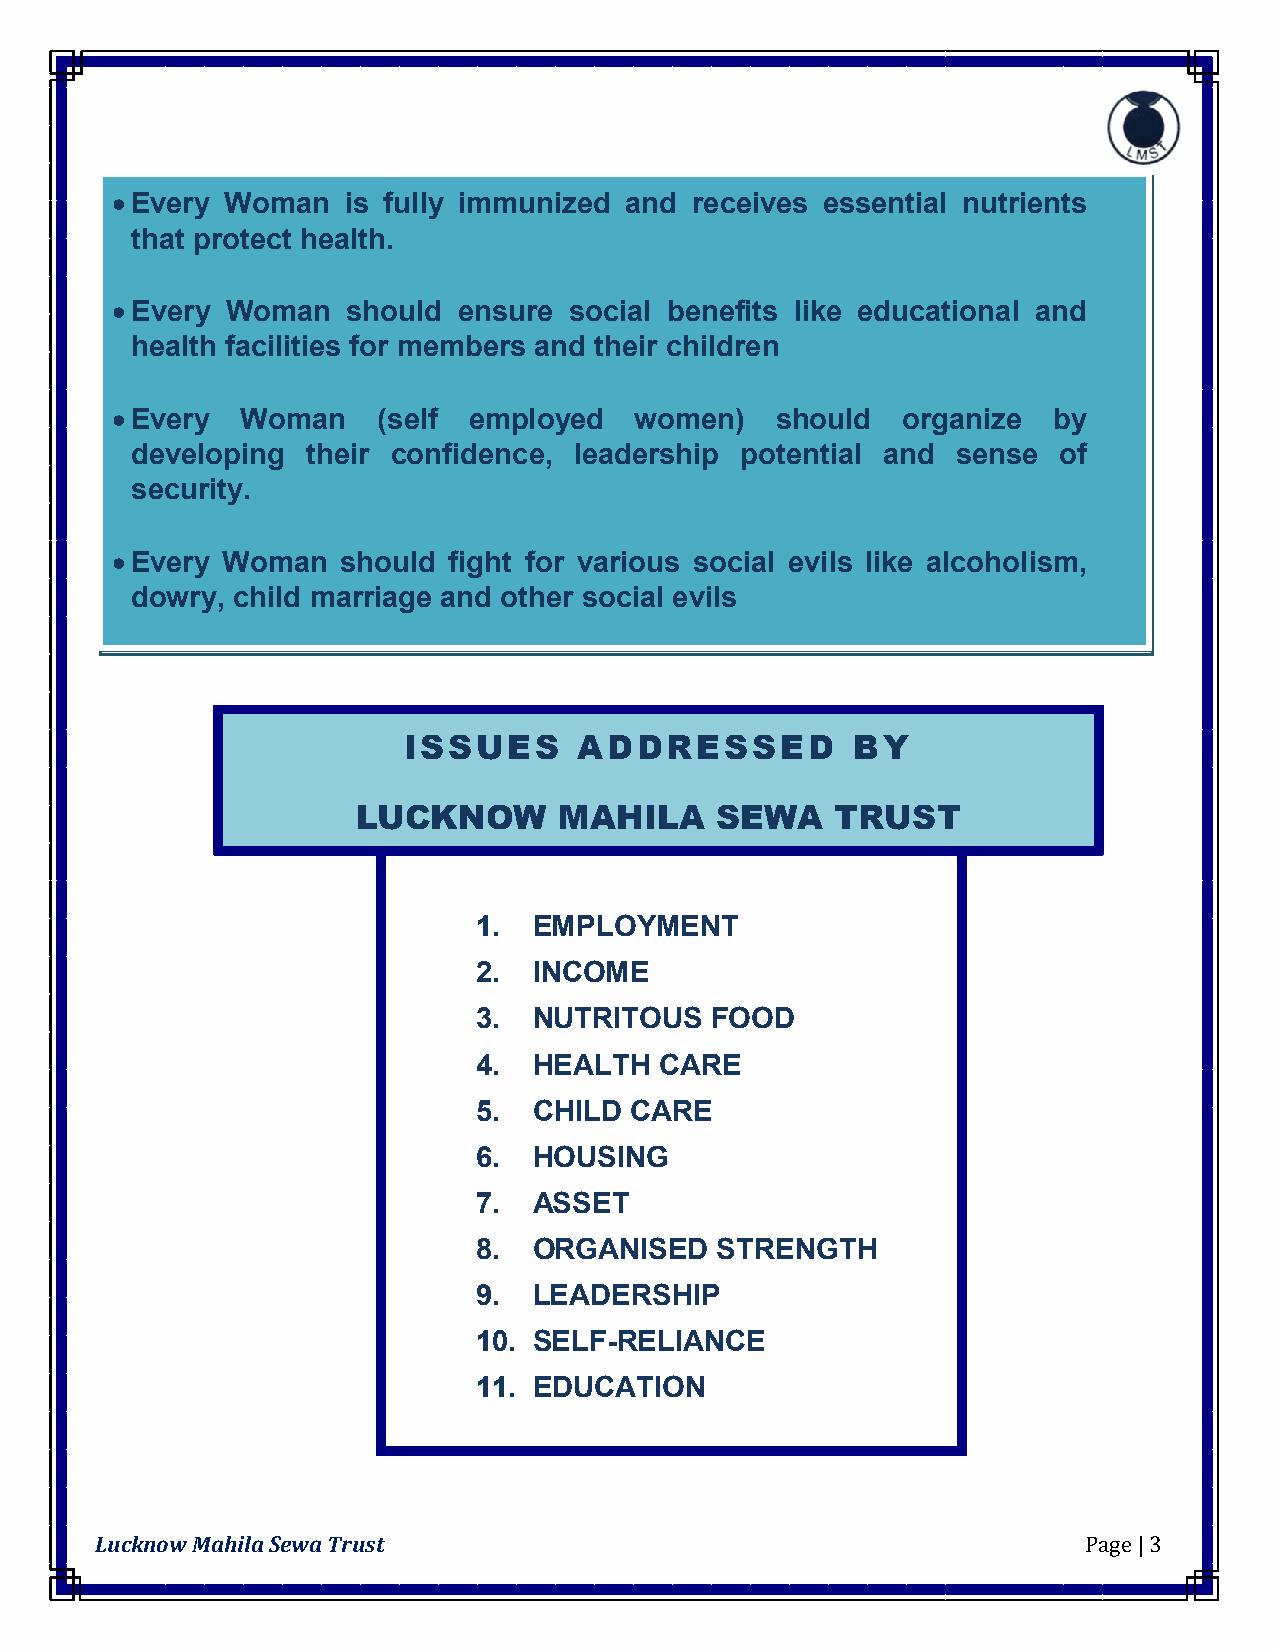
 Every Woman   is fully immunized and receives essential nutrients
 that protect health.
  Every Woman   should ensure  social benefits like educational and
 health facilities for members and their children
  Every  Woman    (self employed   women)   should   organize  by
 developing their confidence, leadership potential and sense  of
 security.
  Every Woman   should fight for various social evils like alcoholism,
 dowry, child marriage and other social evils
 ISSUES     ADDRESSED         BY
 LUCKN   OW   MAHILA    SEWA    TRUST
 1.  EMPLOYMENT
 2.  INCOME
 3.  NUTRITOUS   FOOD
 4.  HEALTH   CARE
 5.  CHILD  CARE
 6.  HOUSING
 7.  ASSET
 8.  ORGANISED   STRENGTH
 9.  LEADERSHIP
 10. SELF-RELIANCE
 11. EDUCATION
 Lucknow Mahila Sewa Trust                                         Page | 3